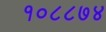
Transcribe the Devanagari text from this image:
१०८८७४